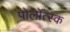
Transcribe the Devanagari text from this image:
पोलोत्स्क